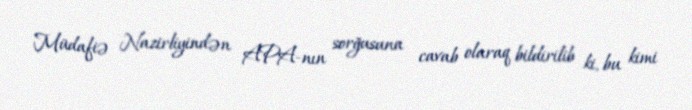
Müdafiə Nazirliyindən APA-nın sorğusuna cavab olaraq bildirilib ki, bu kimi